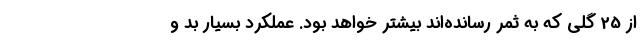
از 25 گلی که به ثمر رسانده‌اند بیشتر خواهد بود. عملکرد بسیار بد و